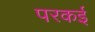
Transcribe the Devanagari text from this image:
परकई